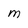
Character: M